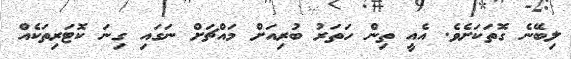
ލިބޭނެ ގޮތަކަށެވެ. އެއީ ތިން ހަތަރު ބުރިއަށް މައްޗަށް ނަގައި ގިނަ ކޮޓަރިތަކެއް